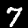
Label: 7